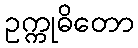
ဥက္ကုဓိတော